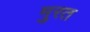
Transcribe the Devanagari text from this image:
मुरत